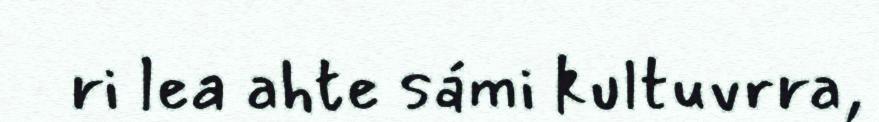
ri lea ahte sámi kultuvrra,